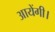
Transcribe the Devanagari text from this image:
आयेंगी।